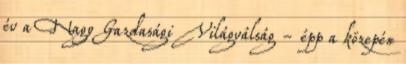
év a Nagy Gazdasági Világválság - épp a közepén